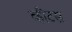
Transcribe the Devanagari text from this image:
व्हीटस